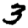
Digit: 3